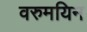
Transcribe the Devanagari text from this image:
वरुमयिन